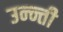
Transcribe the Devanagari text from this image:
उन्न्ती